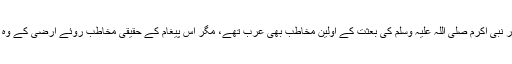
اس حقیقت سے مفر نہیں کہ اللہ تعالیٰ کا یہ آخری الہامی پیغام سرزمین حجاز میں نازل ہوا اور نبی اکرم صلی اللہ علیہ وسلم کی بعثت کے اولین مخاطب بھی عرب تھے، مگر اس پیغام کے حقیقی مخاطب روئے ارضی کے وہ تمام انسان ہیں جو اس وقت موجود تھے یا جو اس کائنات کے اختتام تک پیدا ہوتے رہیں گے۔